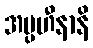
အပ္ပဟီနာနိ